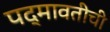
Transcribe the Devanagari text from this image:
पद्मावतीची